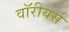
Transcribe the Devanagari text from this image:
वॉरीयर्स